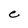
Character: C